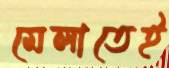
মেলাতেই